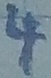
Text: 4